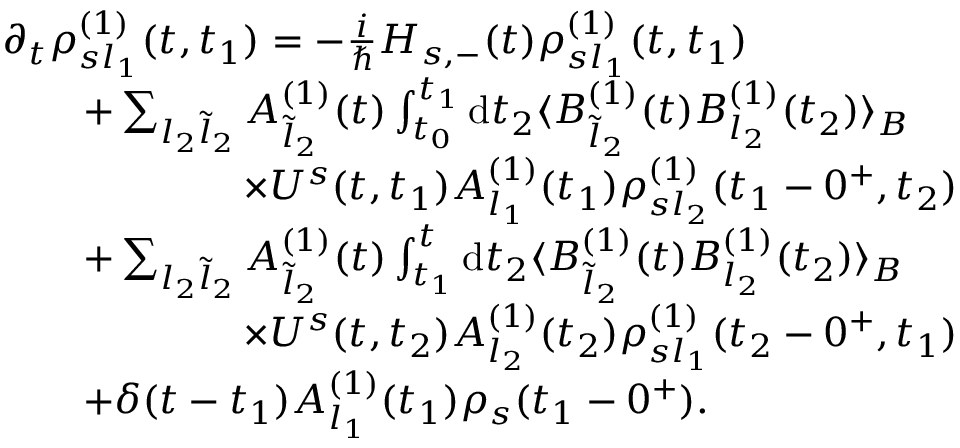
\begin{array} { r l } & { \partial _ { t } \rho _ { s l _ { 1 } } ^ { ( 1 ) } ( t , t _ { 1 } ) = - \frac { i } { \hbar } H _ { s , - } ( t ) \rho _ { s l _ { 1 } } ^ { ( 1 ) } ( t , t _ { 1 } ) } \\ & { \qquad + \sum _ { l _ { 2 } \tilde { l } _ { 2 } } A _ { \tilde { l } _ { 2 } } ^ { ( 1 ) } ( t ) \int _ { t _ { 0 } } ^ { t _ { 1 } } \mathrm { d } t _ { 2 } \langle B _ { \tilde { l } _ { 2 } } ^ { ( 1 ) } ( t ) B _ { l _ { 2 } } ^ { ( 1 ) } ( t _ { 2 } ) \rangle _ { B } } \\ & { \qquad \qquad \qquad \times U ^ { s } ( t , t _ { 1 } ) A _ { l _ { 1 } } ^ { ( 1 ) } ( t _ { 1 } ) \rho _ { s l _ { 2 } } ^ { ( 1 ) } ( t _ { 1 } - 0 ^ { + } , t _ { 2 } ) } \\ & { \qquad + \sum _ { l _ { 2 } \tilde { l } _ { 2 } } A _ { \tilde { l } _ { 2 } } ^ { ( 1 ) } ( t ) \int _ { t _ { 1 } } ^ { t } \mathrm { d } t _ { 2 } \langle B _ { \tilde { l } _ { 2 } } ^ { ( 1 ) } ( t ) B _ { l _ { 2 } } ^ { ( 1 ) } ( t _ { 2 } ) \rangle _ { B } } \\ & { \qquad \qquad \qquad \times U ^ { s } ( t , t _ { 2 } ) A _ { l _ { 2 } } ^ { ( 1 ) } ( t _ { 2 } ) \rho _ { s l _ { 1 } } ^ { ( 1 ) } ( t _ { 2 } - 0 ^ { + } , t _ { 1 } ) } \\ & { \qquad + \delta ( t - t _ { 1 } ) A _ { l _ { 1 } } ^ { ( 1 ) } ( t _ { 1 } ) \rho _ { s } ( t _ { 1 } - 0 ^ { + } ) . } \end{array}